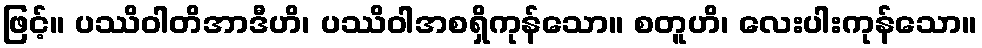
ဖြင့်။ ပဿိဝါတိအာဒီဟိ၊ ပဿိဝါအစရှိကုန်သော။ စတူဟိ၊ လေးပါးကုန်သော။